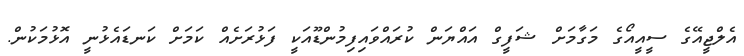
އެލްޖީއޭގެ ސީއީއޯގެ މަގާމަށް ޝަފީގް އައްޔަން ކުރައްވައިފިމުންޑޫއަކީ ފަޅުރަށެއް ކަމަށް ކަނޑައެޅުނީ އޮޅުމަކުން.